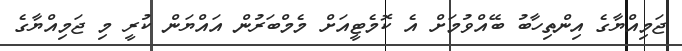
ޖަމިއްޔާގެ އިންތިހާބު ބޭއްވުމަށް އެ ކޮމެޓީއަށް މެމްބަރުން އައްޔަން ކުރީ މި ޖަމިއްޔާގެ